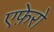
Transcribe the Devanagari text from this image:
एफ़ेरो